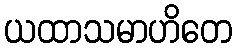
ယထာသမာဟိတေ